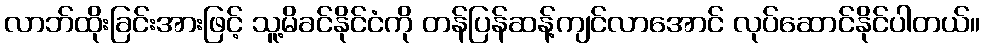
လာဘ်ထိုးခြင်းအားဖြင့် သူ့မိခင်နိုင်ငံကို တန်ပြန်ဆန့်ကျင်လာအောင် လုပ်ဆောင်နိုင်ပါတယ်။